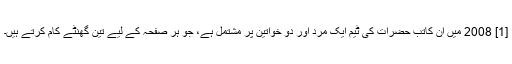
[1] 2008 میں ان کاتب حضرات کی ٹیم ایک مرد اور دو خواتین پر مشتمل ہے، جو ہر صفحہ کے لیے تین گھنٹے کام کرتے ہیں۔